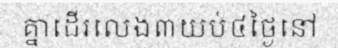
គ្នាដើរលេង៣យប់៤ថ្ងៃនៅ